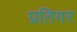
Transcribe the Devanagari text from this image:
प्रतिगर